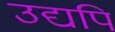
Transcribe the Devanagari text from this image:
उद्यपि